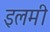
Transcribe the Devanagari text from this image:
इलमी